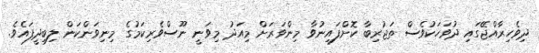
ދިވެހިރާއްޖޭގައި ދުވަހަކުވެސް ތަޖުރިބާ ކޮށްފައިނުވާ މިންވަރަށް މިއަދު މިވަނީ ނޫސްވެރިކަމުގެ މިނިވަންކަން ލިބިދީފައެވެ.